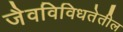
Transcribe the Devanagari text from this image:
जैवविविधतेतील